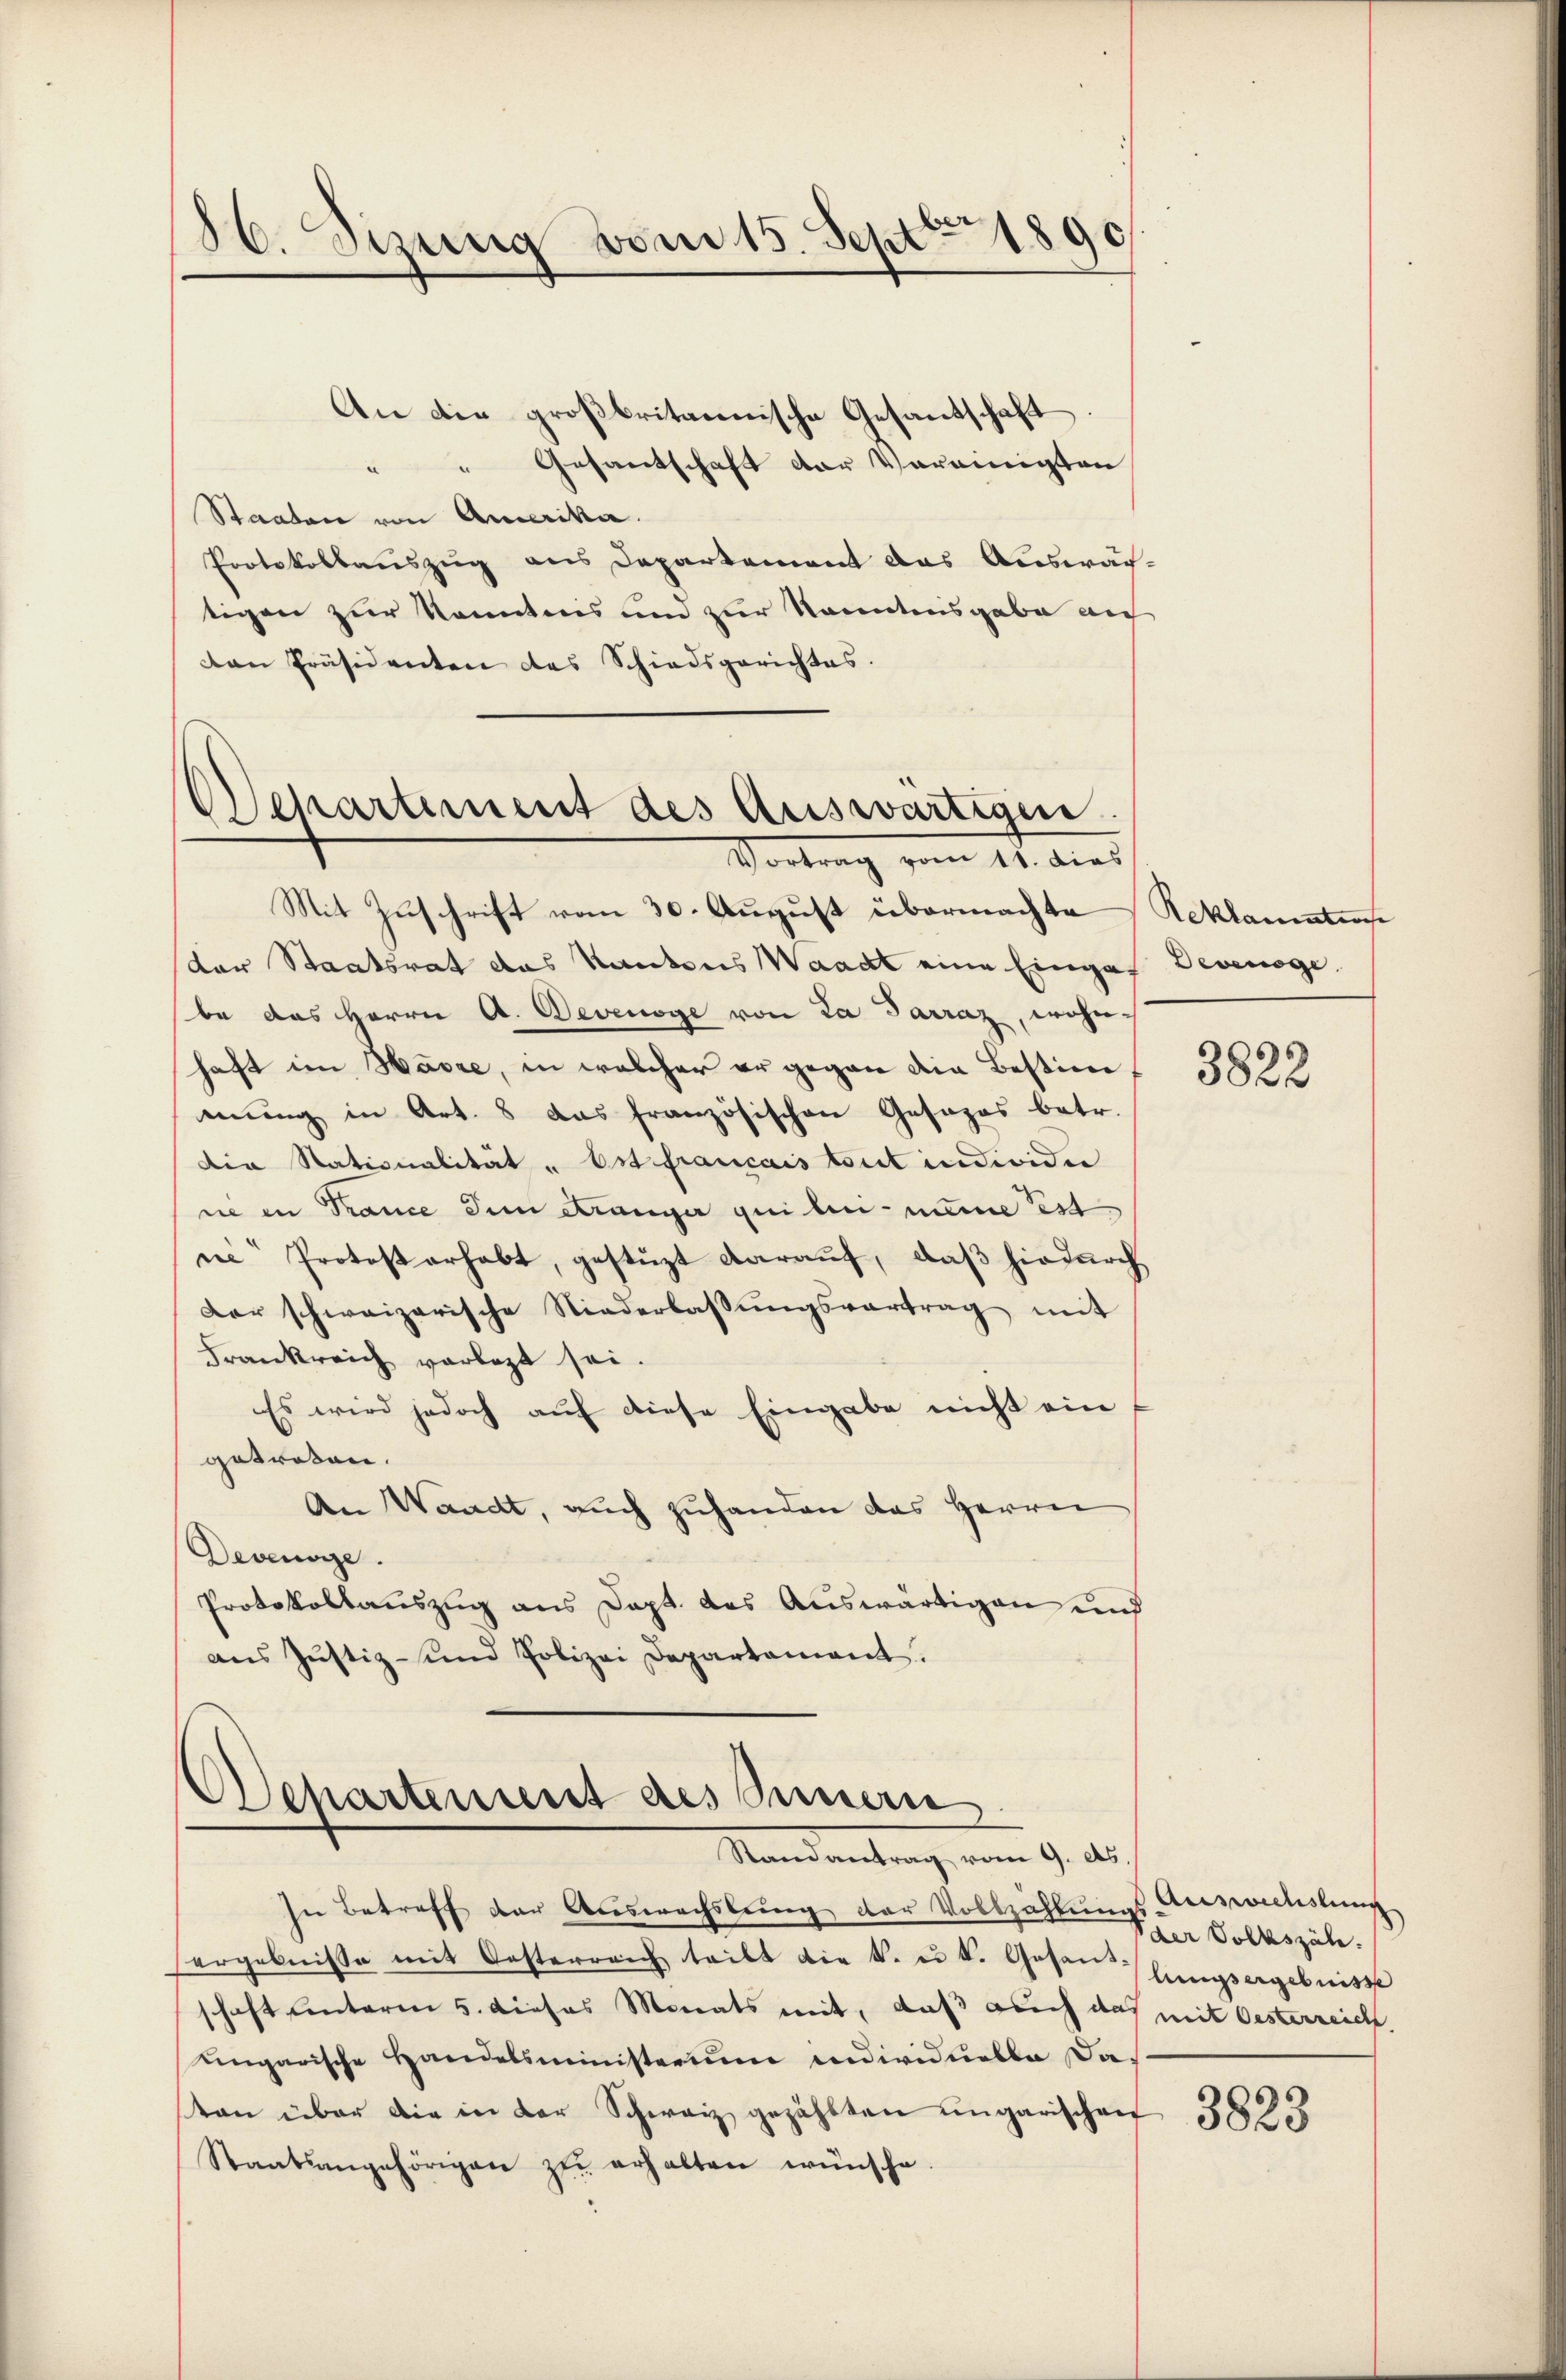
86. Sizung vom 15. Sept. 1890

Departement des Auswärtigen
Vortrag vom 14. dies

An die großbritannische Gesandschaft.
" Gesantschaft der Vereinigten
Staaten von Amerika.
Protokollauszug aus Departement das Auswar-
tigen zur Kenntnis und zur kanntensgabe auf
dan Präsidenten des Schiedsgerichtes.
Mit Zuschrift vom 30. August übermachte
der Staatsrat das Kantons Waadt eine Eingas Devenöge
be das Herrn A. Devenoge von La Parraz, wohn
haft im Havre, in welcher er gegen die Bestimmŭng in Art. 8 das französischen Gesezes betr.
Die Stationalität "Est francais tout individie
ne in France dem Stranger qui bei meine est
ne Protest erhabt, gestüzt darauf, daß hiedurch
der schweizerische Niederlassŭngsvortrag mit
Frankreich vorlegt sei.
Es wird jedoch auf diese Eingabe nicht ein
getreten.
An Waadt, auch zuhanden das Herrn
Devenöge.
Protokollauszug aus Dapt. des Auswärtigen und
aus Justiz- und Polizei Departement.

d
Separtement des Innern
Randantrag vom 9. ds.

In Betreff der Auswachslung der Vollzählungs-Auswechslung
ergebnisse mit Oesterreich teilt die k. u. k. Gesanlangsergebnisse
schaft sentaren 5. dieses Monats mit, daß auch das mit Oesterreich.
ungarische Handelsministerium individuelle daton über die in der Schweiz gezählten ungarischen
Staatsangehörigen zŭ erhalten wünsche.

Reklamentens

3822

der Volkszäh.

3823